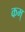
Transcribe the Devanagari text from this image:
कम्‌